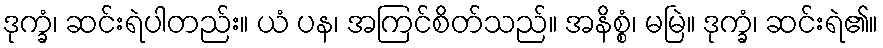
ဒုက္ခံ၊ ဆင်းရဲပါတည်း။ ယံ ပန၊ အကြင်စိတ်သည်။ အနိစ္စံ၊ မမြဲ။ ဒုက္ခံ၊ ဆင်းရဲ၏။